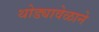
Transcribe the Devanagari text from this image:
थोड्यावेळाने